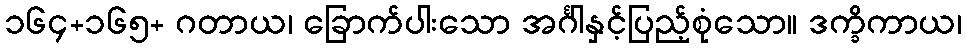
၁၆၄+၁၆၅+ ဂတာယ၊ ခြောက်ပါးသော အင်္ဂါနှင့်ပြည့်စုံသော။ ဒက္ခိကာယ၊